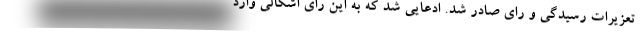
تعزیرات رسیدگی و رای صادر شد. ادعایی شد که به این رای اشکالی وارد